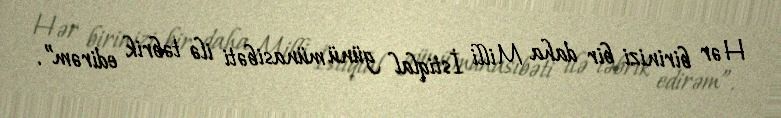
Hər birinizi bir daha Milli İstiqlal günü münasibəti ilə təbrik edirəm”.